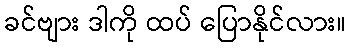
ခင်ဗျား ဒါကို ထပ် ပြောနိုင်လား။